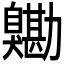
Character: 𦤯